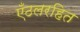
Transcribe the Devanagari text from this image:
एँठलरहित